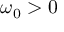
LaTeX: \omega _ { 0 } > 0